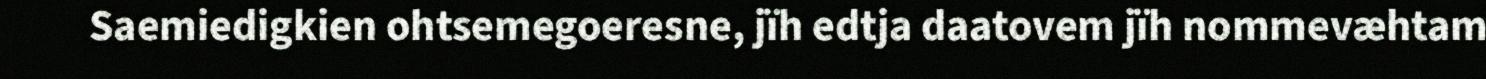
Saemiedigkien ohtsemegoeresne, jïh edtja daatovem jïh nommevæhtam